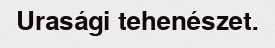
Urasági tehenészet.